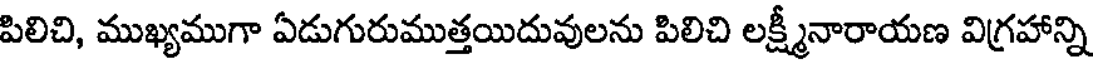
పిలిచి, ముఖ్యముగా ఏడుగురుముత్తయిదువులను పిలిచి లక్ష్మీనారాయణ విగ్రహాన్ని